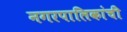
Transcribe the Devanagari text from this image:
नगरपालिकांची